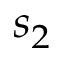
s _ { 2 }